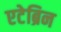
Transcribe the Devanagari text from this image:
एटेब्रिन